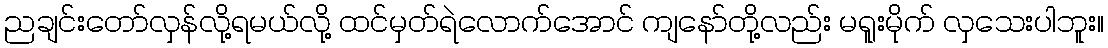
ညချင်းတော်လှန်လို့ရမယ်လို့ ထင်မှတ်ရဲလောက်အောင် ကျနော်တို့လည်း မရူးမိုက် လှသေးပါဘူး။